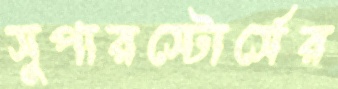
সুপারস্টোর্সের